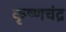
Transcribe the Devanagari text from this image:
कृष्‍णचंद्र